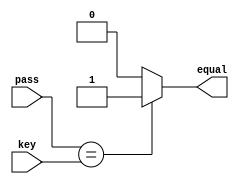
`timescale 1ns / 1ps
//////////////////////////////////////////////////////////////////////////////////
// Company: 
// Engineer: 
// 
// Design Name: 
// Module Name:    PassCheckUnit 
// Project Name: 
// Target Devices: 
// Tool versions: 
// Description: 
//
// Dependencies: 
//
// Revision: 
// Revision 0.01 - File Created
// Additional Comments: 
//
//////////////////////////////////////////////////////////////////////////////////
module PassCheckUnit (
	input  [ 1:0] pass   , // input  [user   password]
	input  [ 1:0] key    , // input  [system password]
	output        equal    // output [(pass==key) : 1]
);

	/* write your code here */
	assign equal = (pass == key) ? 1'b1: 1'b0;
	/* write your code here */

endmodule